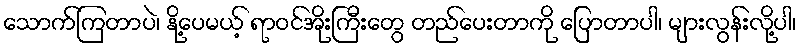
သောက်ကြတာပဲ၊ နို့ပေမယ့် ရာဝင်အိုးကြီးတွေ တည်ပေးတာကို ပြောတာပါ၊ များလွန်းလို့ပါ၊